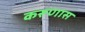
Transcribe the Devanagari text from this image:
करूणास